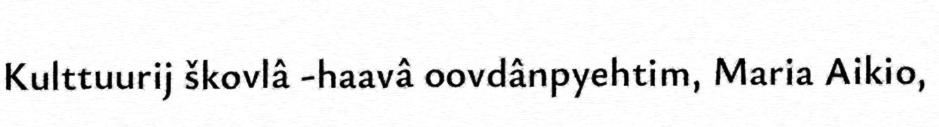
Kulttuurij škovlâ -haavâ oovdânpyehtim, Maria Aikio,